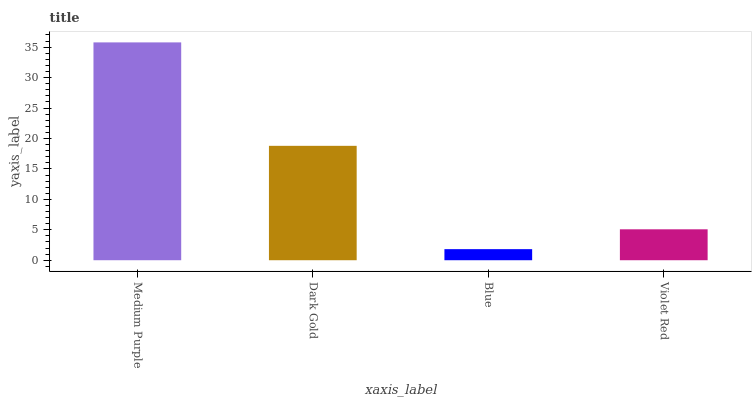
| xaxis_label | bars |
 | --- | --- |
 | Medium Purple | 35.8 |
 | Dark Gold | 18.8 |
 | Blue | 1.82 |
 | Violet Red | 5.08 |